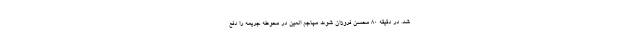
شد. در دقیقه ۸۰ محسن فروزان شوت مهاجم العین در محوطه جریمه را دفع